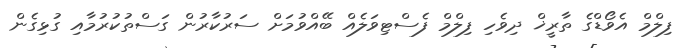
ފިލްމް އެވޯޑްގެ ތާރީޚް ދިވެހި ފިލްމް ފެސްޓިވަލެއް ބޭއްވުމަށް ސަރުކާރުން ގަސްތުކުރުމާއި ގުޅިގެން